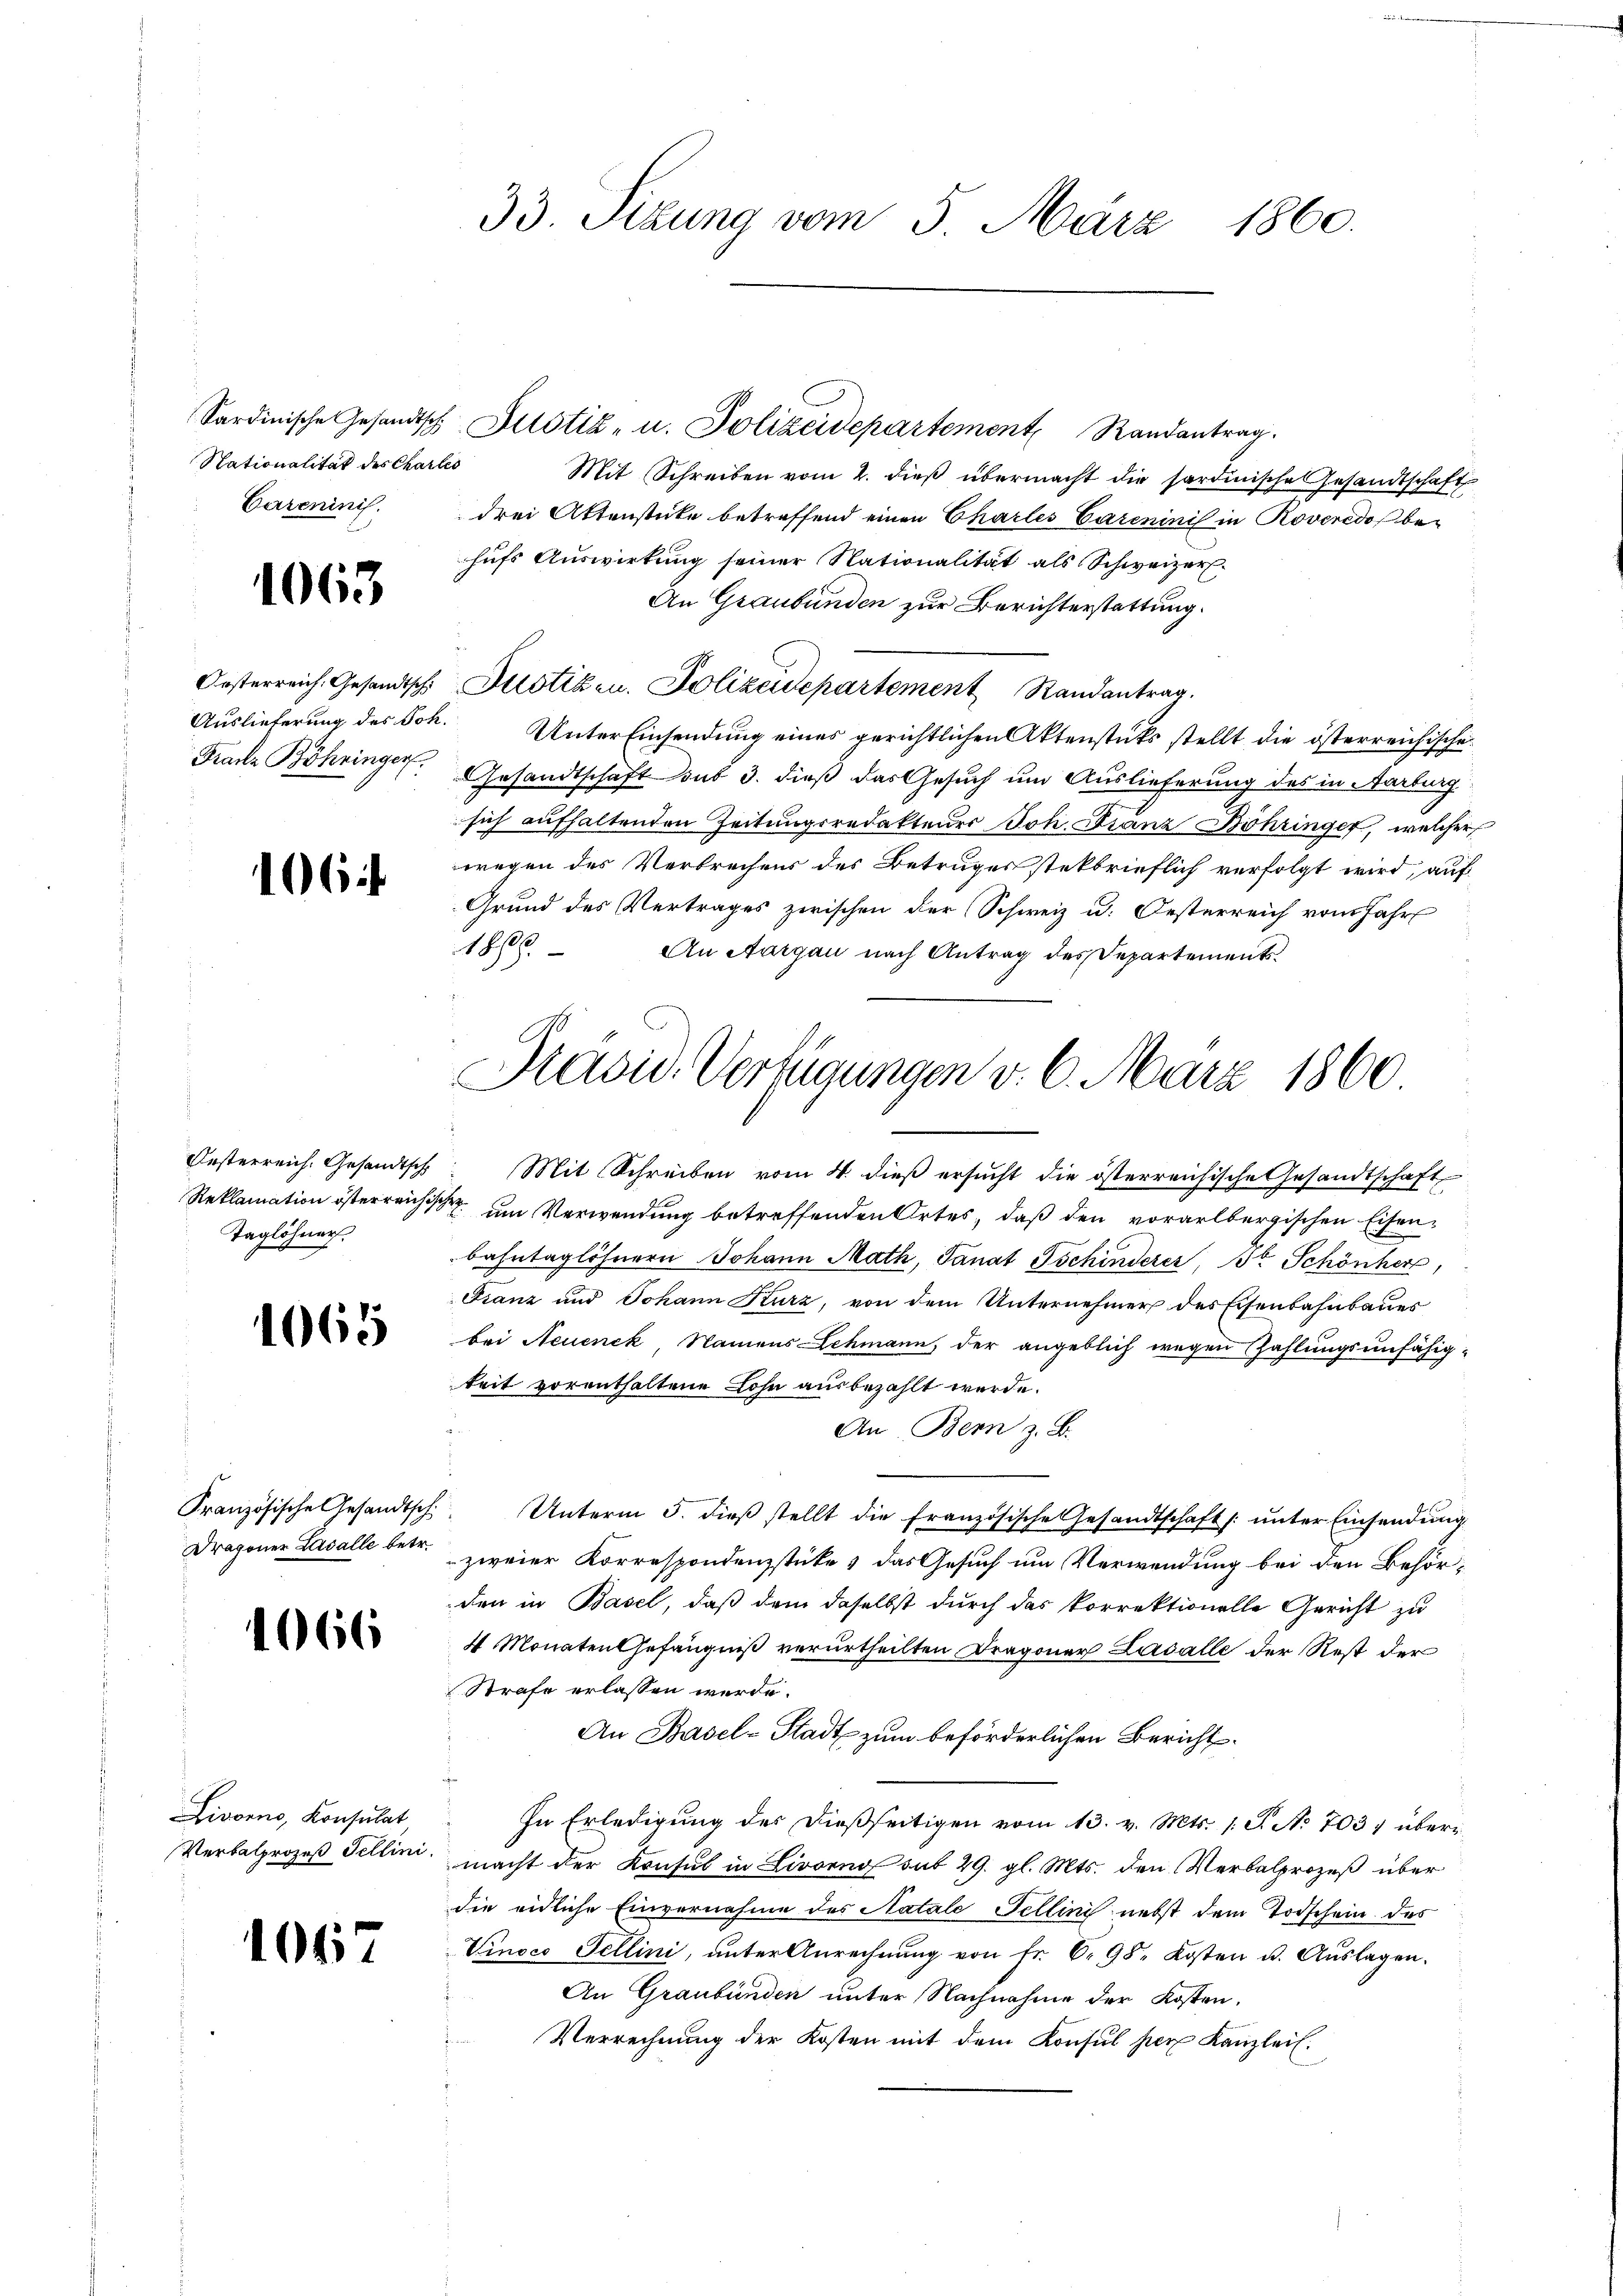
Nationalität des Charles
Careninis.

1063

Oesterreich. Gesandtsch

106

Oesterreich, Gesandtsch
Reklamation österreichi
Taglöhner.

1065

Französische Gesandtsch
Dragoner Lavalle betr.

Livorno, Konsulat,
Verbalprozeß Fellini.

04

66

Sardinische Gesandtsch Justiz- u. Polizeidepartement Randantrag.
Mit Schreiben vom 2. dieß übermacht die sardinische Gesandtschaft
drei Aktenstücke betreffend einen Chartes Careninis in Roveredo be-
hufs Auswirkung seiner Nationalität als Schweizer.
An Graubünden zur Berichterstattung.
Justizen. Polizeidepartement Randantrag.
Auslieferung des Joh. Unter Einsendung eines gerichtlichen Aktenstets stellt die österreichische
Franz Bohringer. Gesandtschaft sub 3. dieß das Gesuch um Auslieferung des in Aarburg
sich aufhaltenden Zeitungsredakteurs Joh. Franz Bohringer, welcher
wegen des Verbrechens des Betruges steckbrieflich verfolgt wird, auf
Grund des Vertrages zwischen der Schweiz u. Oesterreich vom Jahr
1870
An Aargau nach Antrag des Departements¬

33. Sizung vom 5. März 1860.

Präsid. Verfügungen v. 6. März 1860

Mit Schreiben vom 4. dieß ersucht die österreichische Gesandtschaft
S
um Verwendung betreffenden Ortes, daß den vorarlbergischen Eisenbahntaglöhnern Johann Math, Sanat Gschinderer, Dr Schönher
Franz und Johann Kurz, von dem Unternehmer des Eisenbahnbaues
bei Neuenek, Namens Schmann, der angeblich wegen Zahlungsunfähigkeit vorenthaltene Lohn ausbezahlt werde.
An Bern z. B.
Unterm 5. dieß stellt die französische Gesandtschaft (unter Einsendung
zweier Korrespondenzstüke & das Gesuch um Verwendung bei den Behörden in Basel, daß dem daselbst durch das korrektionelle Gericht zu
4 Monaten Gefängniß verurtheilten Dragoner Lasalle der Rest der
Strafe erlassen werde.
An Basel-Stadt zum beförderlichen Bericht
In Erledigung des dießseitigen vom 13. v. Mts. 1 S. No 703, übermacht der Konsul in Livorno sub 29. gl. Mts. den Verbalprozeß über
die eidliche Einvernahme des Natale Fellini nebst dem Todschein des
Vinoco Tellini, unter Anrechnŭng von fr. 6. 98. Kosten u. Aŭslagen.
An Graubünden unter Nachnahme der Kosten.
Verrechnung der Kosten mit dem Konsul per Kanzlei.